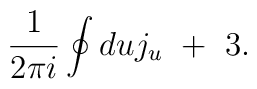
\frac{1}{2\pi i} \oint du j_u \ +\ 3.